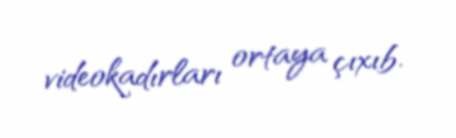
videokadırları ortaya çıxıb.